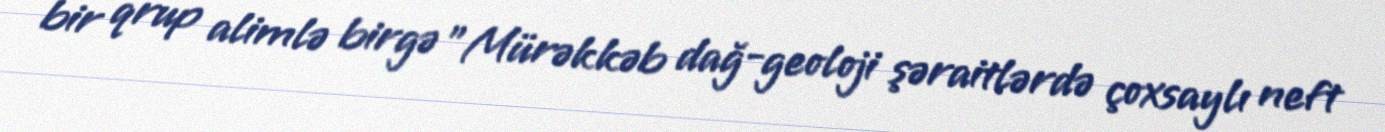
bir qrup alimlə birgə "Mürəkkəb dağ-geoloji şəraitlərdə çoxsaylı neft